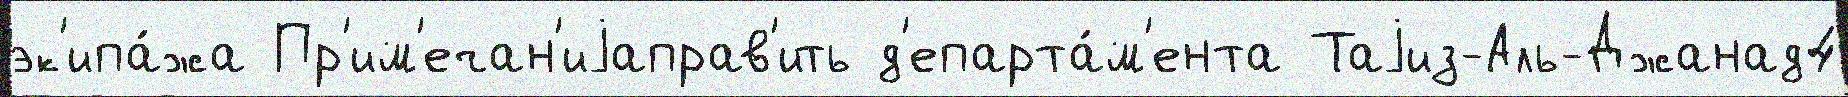
эк'ипа́жа Пр'им'ечан'иjаправ'ить д'епарта́м'ента Таjиз-Аль-Джанад4